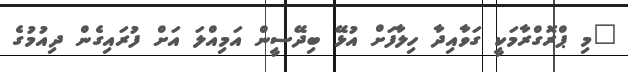
"މި ޕްރޮގްރާމަކީ ގަވާއިދާ ހިލާފަށް އުޅޭ ބިދޭސީން އަމިއްލަ އަށް ފުރައިގެން ދިއުމުގެ